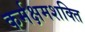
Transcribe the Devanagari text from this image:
कर्मक्षमशक्ति